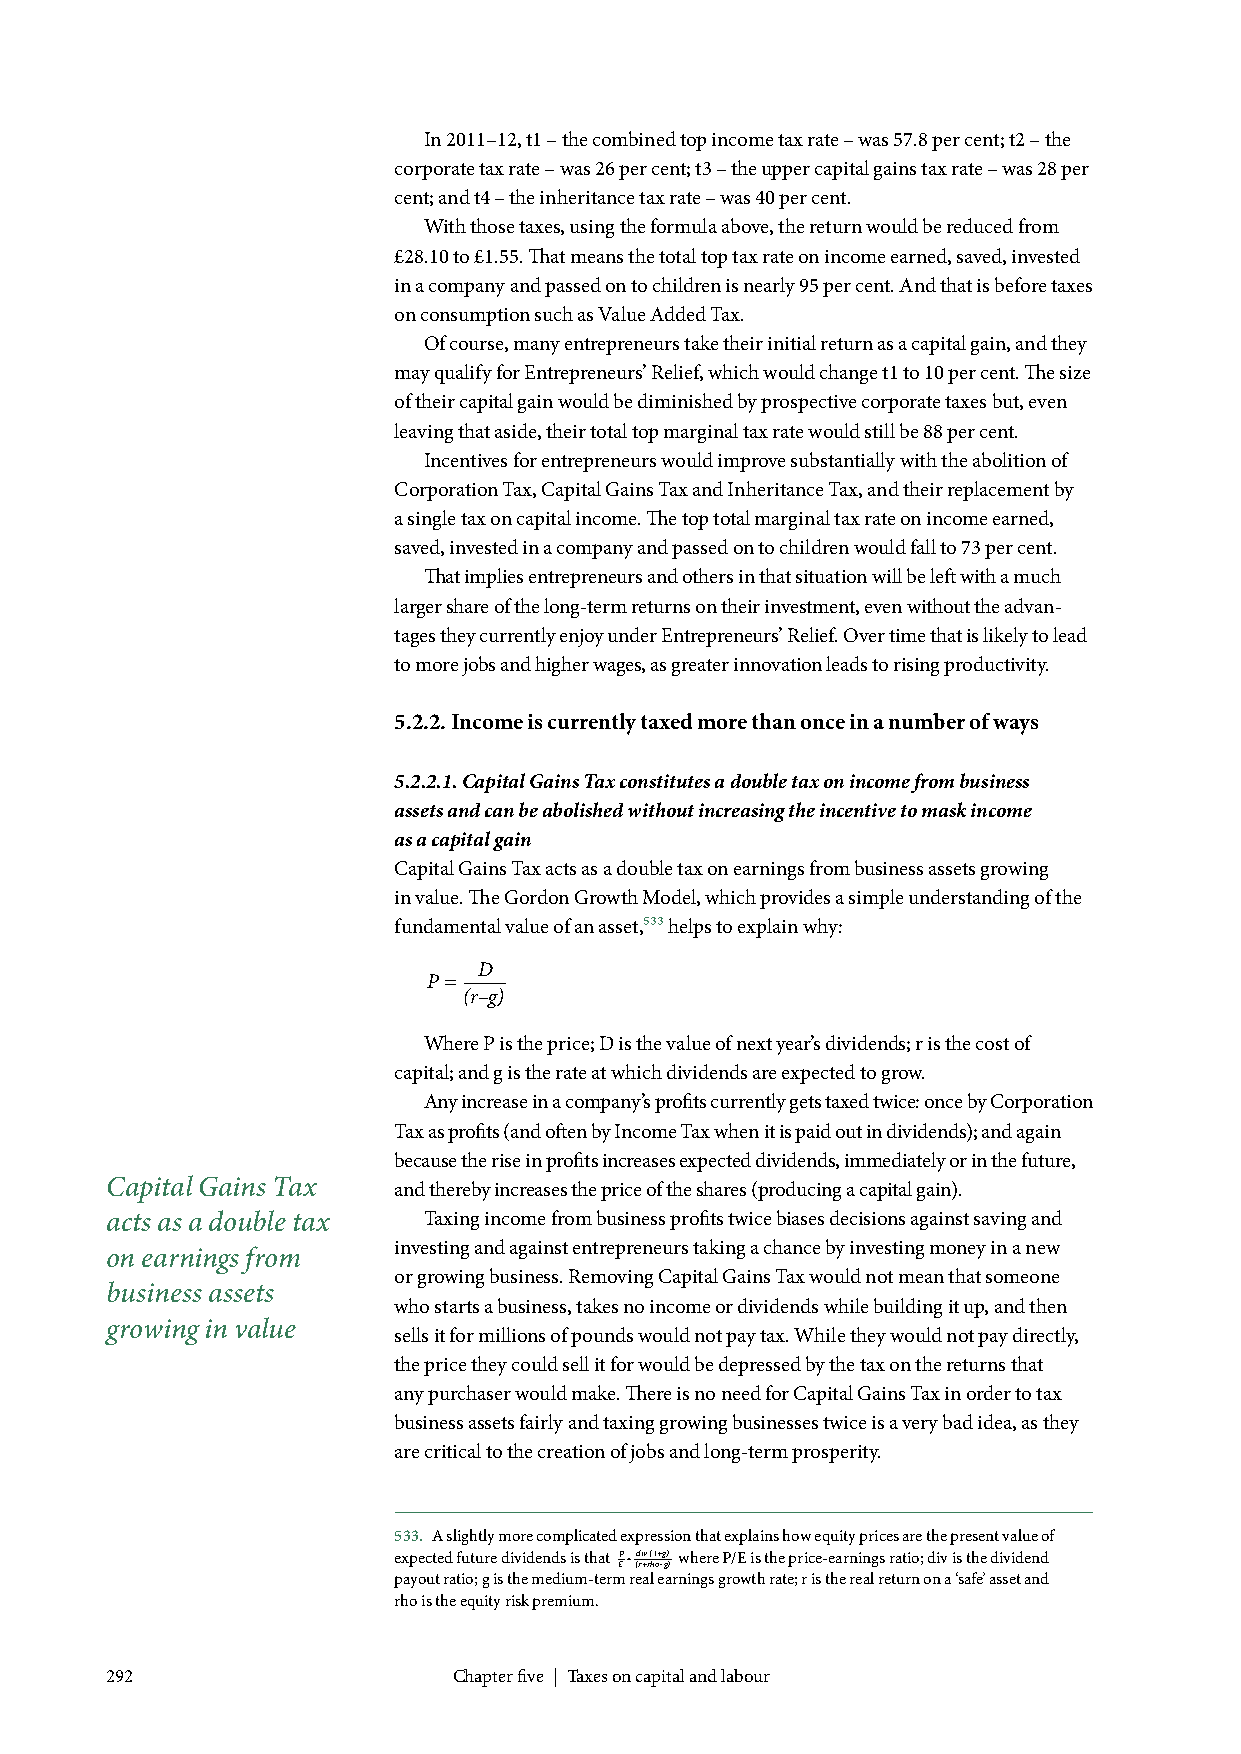
In 2011–12, t1 – the combined top income tax rate – was 57.8 per cent; t2 – the
 corporate tax rate – was 26 per cent; t3 – the upper capital gains tax rate – was 28 per
 cent; and t4 – the inheritance tax rate – was 40 per cent.
 With those taxes, using the formula above, the return would be reduced from
 £28.10 to £1.55. That means the total top tax rate on income earned, saved, invested
 in a company and passed on to children is nearly 95 per cent. And that is before taxes
 on consumption such as Value Added Tax.
 Of course, many entrepreneurs take their initial return as a capital gain, and they
 may qualify for Entrepreneurs’ Relief, which would change t1 to 10 per cent. The size
 of their capital gain would be diminished by prospective corporate taxes but, even
 leaving that aside, their total top marginal tax rate would still be 88 per cent.
 Incentives for entrepreneurs would improve substantially with the abolition of
 Corporation Tax, Capital Gains Tax and Inheritance Tax, and their replacement by
 a single tax on capital income. The top total marginal tax rate on income earned,
 saved, invested in a company and passed on to children would fall to 73 per cent.
 That implies entrepreneurs and others in that situation will be left with a much
 larger share of the long-term returns on their investment, even without the advan-
 tages they currently enjoy under Entrepreneurs’ Relief. Over time that is likely to lead
 to more jobs and higher wages, as greater innovation leads to rising productivity.
 5.2.2. Income is currently taxed more than once in a number of ways
 5.2.2.1. Capital Gains Tax constitutes a double tax on income from business
 assets and can be abolished without increasing the incentive to mask income
 as a capital gain
 Capital Gains Tax acts as a double tax on earnings from business assets growing
 in value. The Gordon Growth Model, which provides a simple understanding of the
 fundamental value of an asset,533 helps to explain why:
 D
 P =
 (r–g)
 Where P is the price; D is the value of next year’s dividends; r is the cost of
 capital; and g is the rate at which dividends are expected to grow.
 Any increase in a company’s profits currently gets taxed twice: once by Corporation
 Tax as profits (and often by Income Tax when it is paid out in dividends); and again
 because the rise in profits increases expected dividends, immediately or in the future,
 Capital Gains Tax  and thereby increases the price of the shares (producing a capital gain).
 acts as a double tax Taxing income from business profits twice biases decisions against saving and
 investing and against entrepreneurs taking a chance by investing money in a new
 on earnings from
 or growing business. Removing Capital Gains Tax would not mean that someone
 business assets
 who starts a business, takes no income or dividends while building it up, and then
 growing in value
 sells it for millions of pounds would not pay tax. While they would not pay directly,
 the price they could sell it for would be depressed by the tax on the returns that
 any purchaser would make. There is no need for Capital Gains Tax in order to tax
 business assets fairly and taxing growing businesses twice is a very bad idea, as they
 are critical to the creation of jobs and long-term prosperity.
 533. A slightly more complicated expression that explains how equity prices are the present value of
 expected future dividends is that EP = (d ri +v r ( h1 o+ –g g) ) where P/E is the price-earnings ratio; div is the dividend
 payout ratio; g is the medium-term real earnings growth rate; r is the real return on a ‘safe’ asset and
 rho is the equity risk premium.
 292                    Chapter five | Taxes on capital and labour